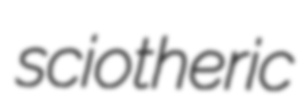
sciotheric